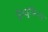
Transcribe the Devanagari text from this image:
कैप्यूसिन्स